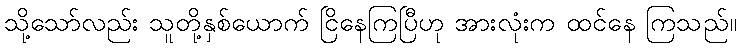
သို့သော်လည်း သူတို့နှစ်ယောက် ငြိနေကြပြီဟု အားလုံးက ထင်နေ ကြသည်။